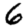
Digit: 6